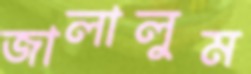
জালালুম